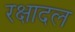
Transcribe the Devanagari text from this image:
रक्षादल